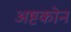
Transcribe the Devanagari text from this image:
अष्टकोन